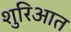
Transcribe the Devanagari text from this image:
शुरिआत